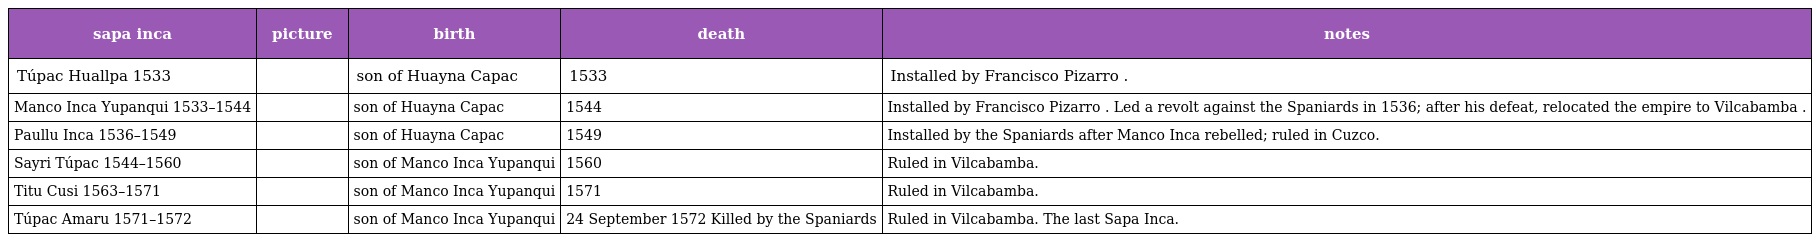
| sapa inca | picture | birth | death | notes |
 | --- | --- | --- | --- | --- |
 | Túpac Huallpa 1533 |  | son of Huayna Capac | 1533 | Installed by Francisco Pizarro . |
 | Manco Inca Yupanqui 1533–1544 |  | son of Huayna Capac | 1544 | Installed by Francisco Pizarro . Led a revolt against the Spaniards in 1536; after his defeat, relocated the empire to Vilcabamba . |
 | Paullu Inca 1536–1549 |  | son of Huayna Capac | 1549 | Installed by the Spaniards after Manco Inca rebelled; ruled in Cuzco. |
 | Sayri Túpac 1544–1560 |  | son of Manco Inca Yupanqui | 1560 | Ruled in Vilcabamba. |
 | Titu Cusi 1563–1571 |  | son of Manco Inca Yupanqui | 1571 | Ruled in Vilcabamba. |
 | Túpac Amaru 1571–1572 |  | son of Manco Inca Yupanqui | 24 September 1572 Killed by the Spaniards | Ruled in Vilcabamba. The last Sapa Inca. |